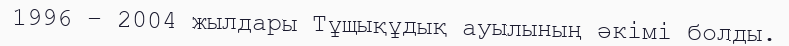
1996 – 2004 жылдары Тұщықұдық ауылының әкімі болды.